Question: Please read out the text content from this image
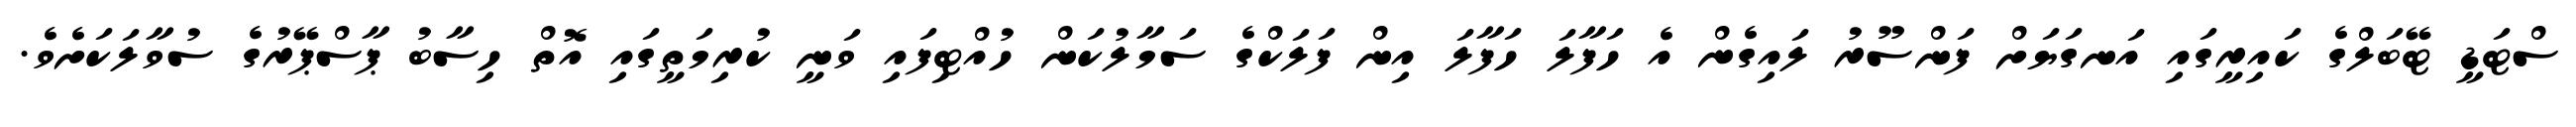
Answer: ސްޓަޑީ ޓޭބަލްގެ ކައިރީގައި އަނގަޔަށް ފަންސޫރު ލައިގެން އެ ހަފާލަ ހަފާލަ އިން ފަލަކްގެ ސަމާލުކަން ހުއްޓިފައި ވަނީ ކުރިމަތީގައި އޮތް ހިސާބު ޕާސްޕޭރުގެ ސުވާލަކަށެވެ.